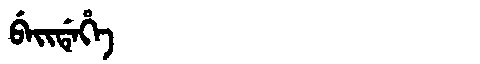
Manchu: ᠪᡝᡳᡩᡝᡥᡝ
Romanization: BEIDEHE